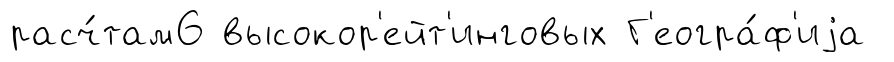
расч́там6 высокор'ейт'инговых Г'еогра́ф'иjа